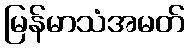
မြန်မာသံအမတ်